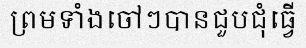
ព្រមទាំងចៅៗបានជួបជុំធ្វើ